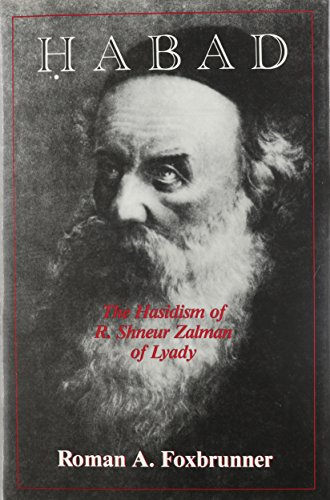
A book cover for Habad: The Hasidism of R. Shneur Zalman of Lyady; Roman A. Foxbrunner; Religion & Spirituality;